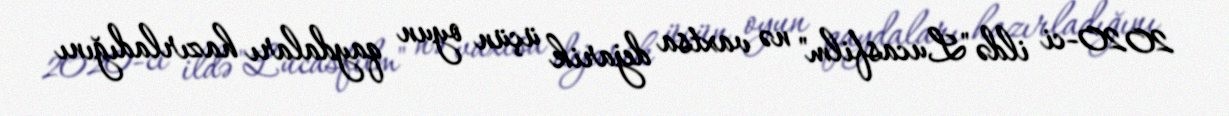
2020-ci ildə "Lucasfilm" nə vaxtsa dejarik üçün oyun qaydaları hazırladığını